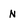
Character: n